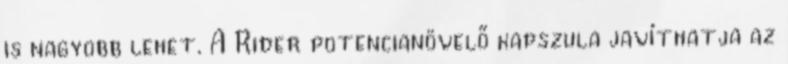
is nagyobb lehet. A Rider potencianövelő kapszula javíthatja az